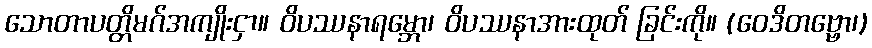
သောတာပတ္တိမဂ်အကျိုးငှာ။ ဝိပဿနာရမ္ဘော၊ ဝိပဿနာအားထုတ် ခြင်းကို။ (ဝေဒိတဗ္ဗော၊)